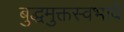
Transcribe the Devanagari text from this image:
बुद्धमुक्तस्वभावे